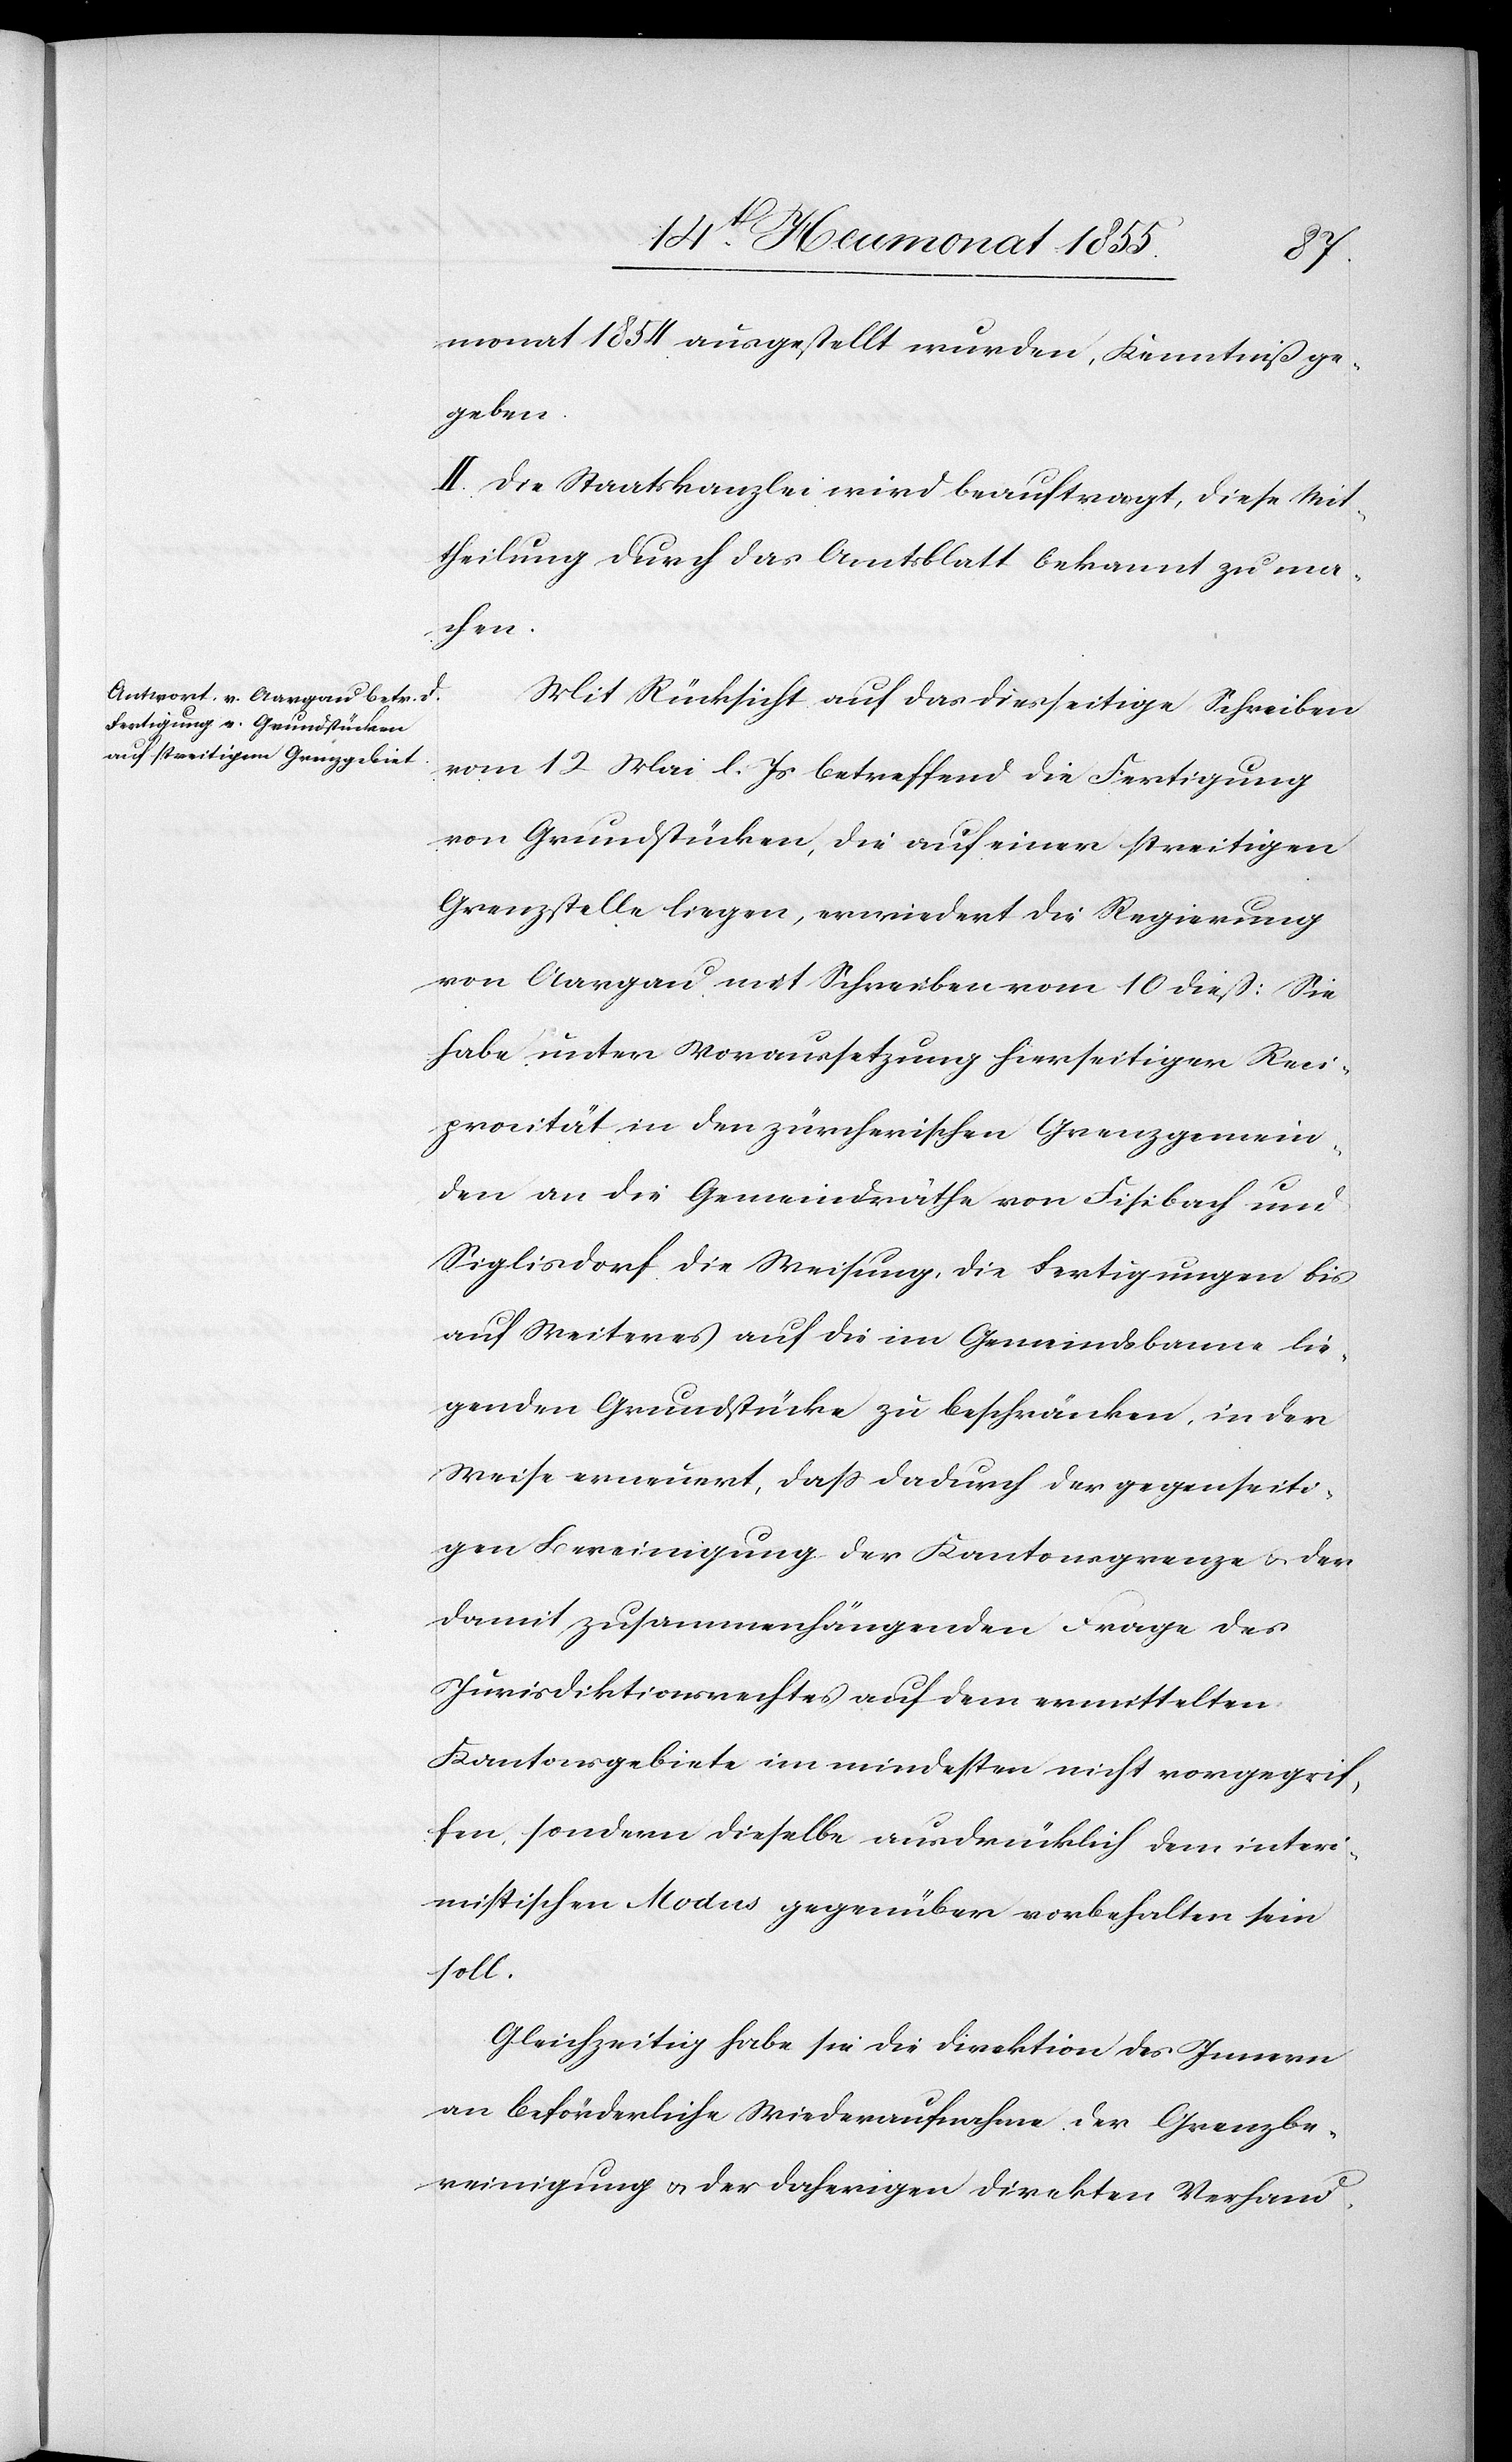
monat 1854 ausgestellt wurden, Kenntniß ge¬
geben.
II. Die Staatskanzlei wird beauftragt, diese Mit¬
theilung durch das Amtsblatt bekannt zu ma¬
chen.
Mit Rücksicht auf das diesseitige Schreiben
vom 12 Mai l. Js betreffend die Fertigung
von Grundstücken, die auf einer streitigen
Grenzstelle liegen, erwiedert die Regierung
von Aargau mit Schreiben vom 10 dieß: Sie
habe unter Voraussetzung hierseitiger Reci¬
procität in den zürcherischen Grenzgemein¬
den an die Gemeindräthe von Fisibach und
Siglisdorf die Weisung, die Fertigungen bis
auf Weiteres auf die im Gemeindsbanne lie¬
genden Grundstücke zu beschränken, in der
Weise erneuert, dass dadurch der gegenseiti¬
gen Bereinigung der Kantonsgrenze & der
damit zusammenhängenden Frage des
Jurisdiktionsrechtes auf dem ermittelten
Kantonsgebiete im mindesten nicht vorgegrif¬
fen, sondern dieselbe ausdrücklich dem interi¬
mistischen Modus gegenüber vorbehalten sein
soll.
Gleichzeitig habe sie die Direktion des Innern
an beförderliche Wiederaufnahme der Grenzbe¬
reinigung & der daherigen direkten Verhand-